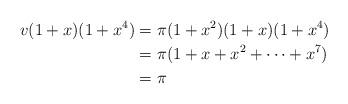
LaTeX: \begin{align*} v(1+x)(1+x^4)&= \pi(1+x^2)(1+x)(1+x^4)\\&= \pi(1+x+x^2 + \dots + x^7)\\& = \pi\end{align*}